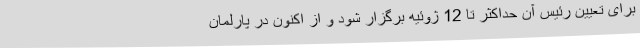
برای تعیین رئیس آن حداکثر تا 12 ژوئیه برگزار شود و از اکنون در پارلمان